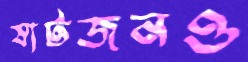
ষাটজনও